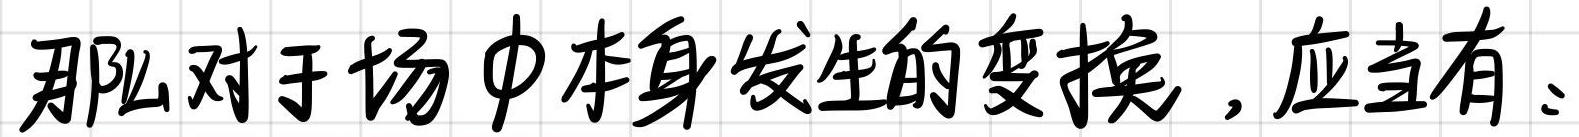
那么对于场中本身发生的变换，应当有：